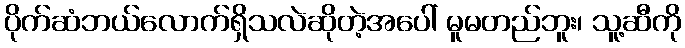
ပိုက်ဆံဘယ်လောက်ရှိသလဲဆိုတဲ့အပေါ် မူမတည်ဘူး၊ သူ့ဆီကို